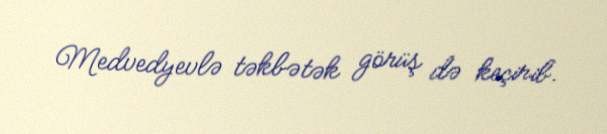
Medvedyevlə təkbətək görüş də keçirib.